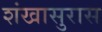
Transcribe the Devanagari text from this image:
शंखासुरास